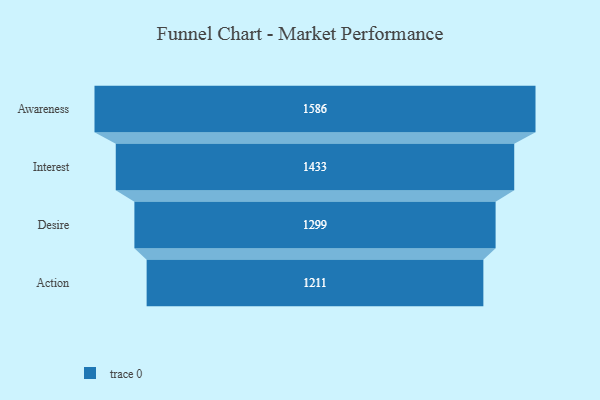
{"axis": {"x": "Stage", "y": "Value"}, "legend": [""], "data": [{"x": "Awareness", "y": 1586.0, "type": ""}, {"x": "Interest", "y": 1433.0, "type": ""}, {"x": "Desire", "y": 1299.0, "type": ""}, {"x": "Action", "y": 1211.0, "type": ""}]}